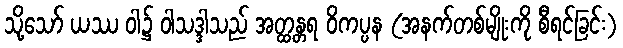
သို့သော် ယဿ ဝါ၌ ဝါသဒ္ဒါသည် အတ္ထန္တရ ဝိကပ္ပန (အနက်တစ်မျိုးကို စီရင်ခြင်း)